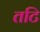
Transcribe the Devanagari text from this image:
तटि